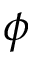
\phi